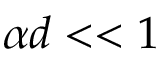
\alpha d < < 1